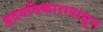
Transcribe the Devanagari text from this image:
हृदयविकारापासून